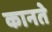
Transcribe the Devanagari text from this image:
कानते